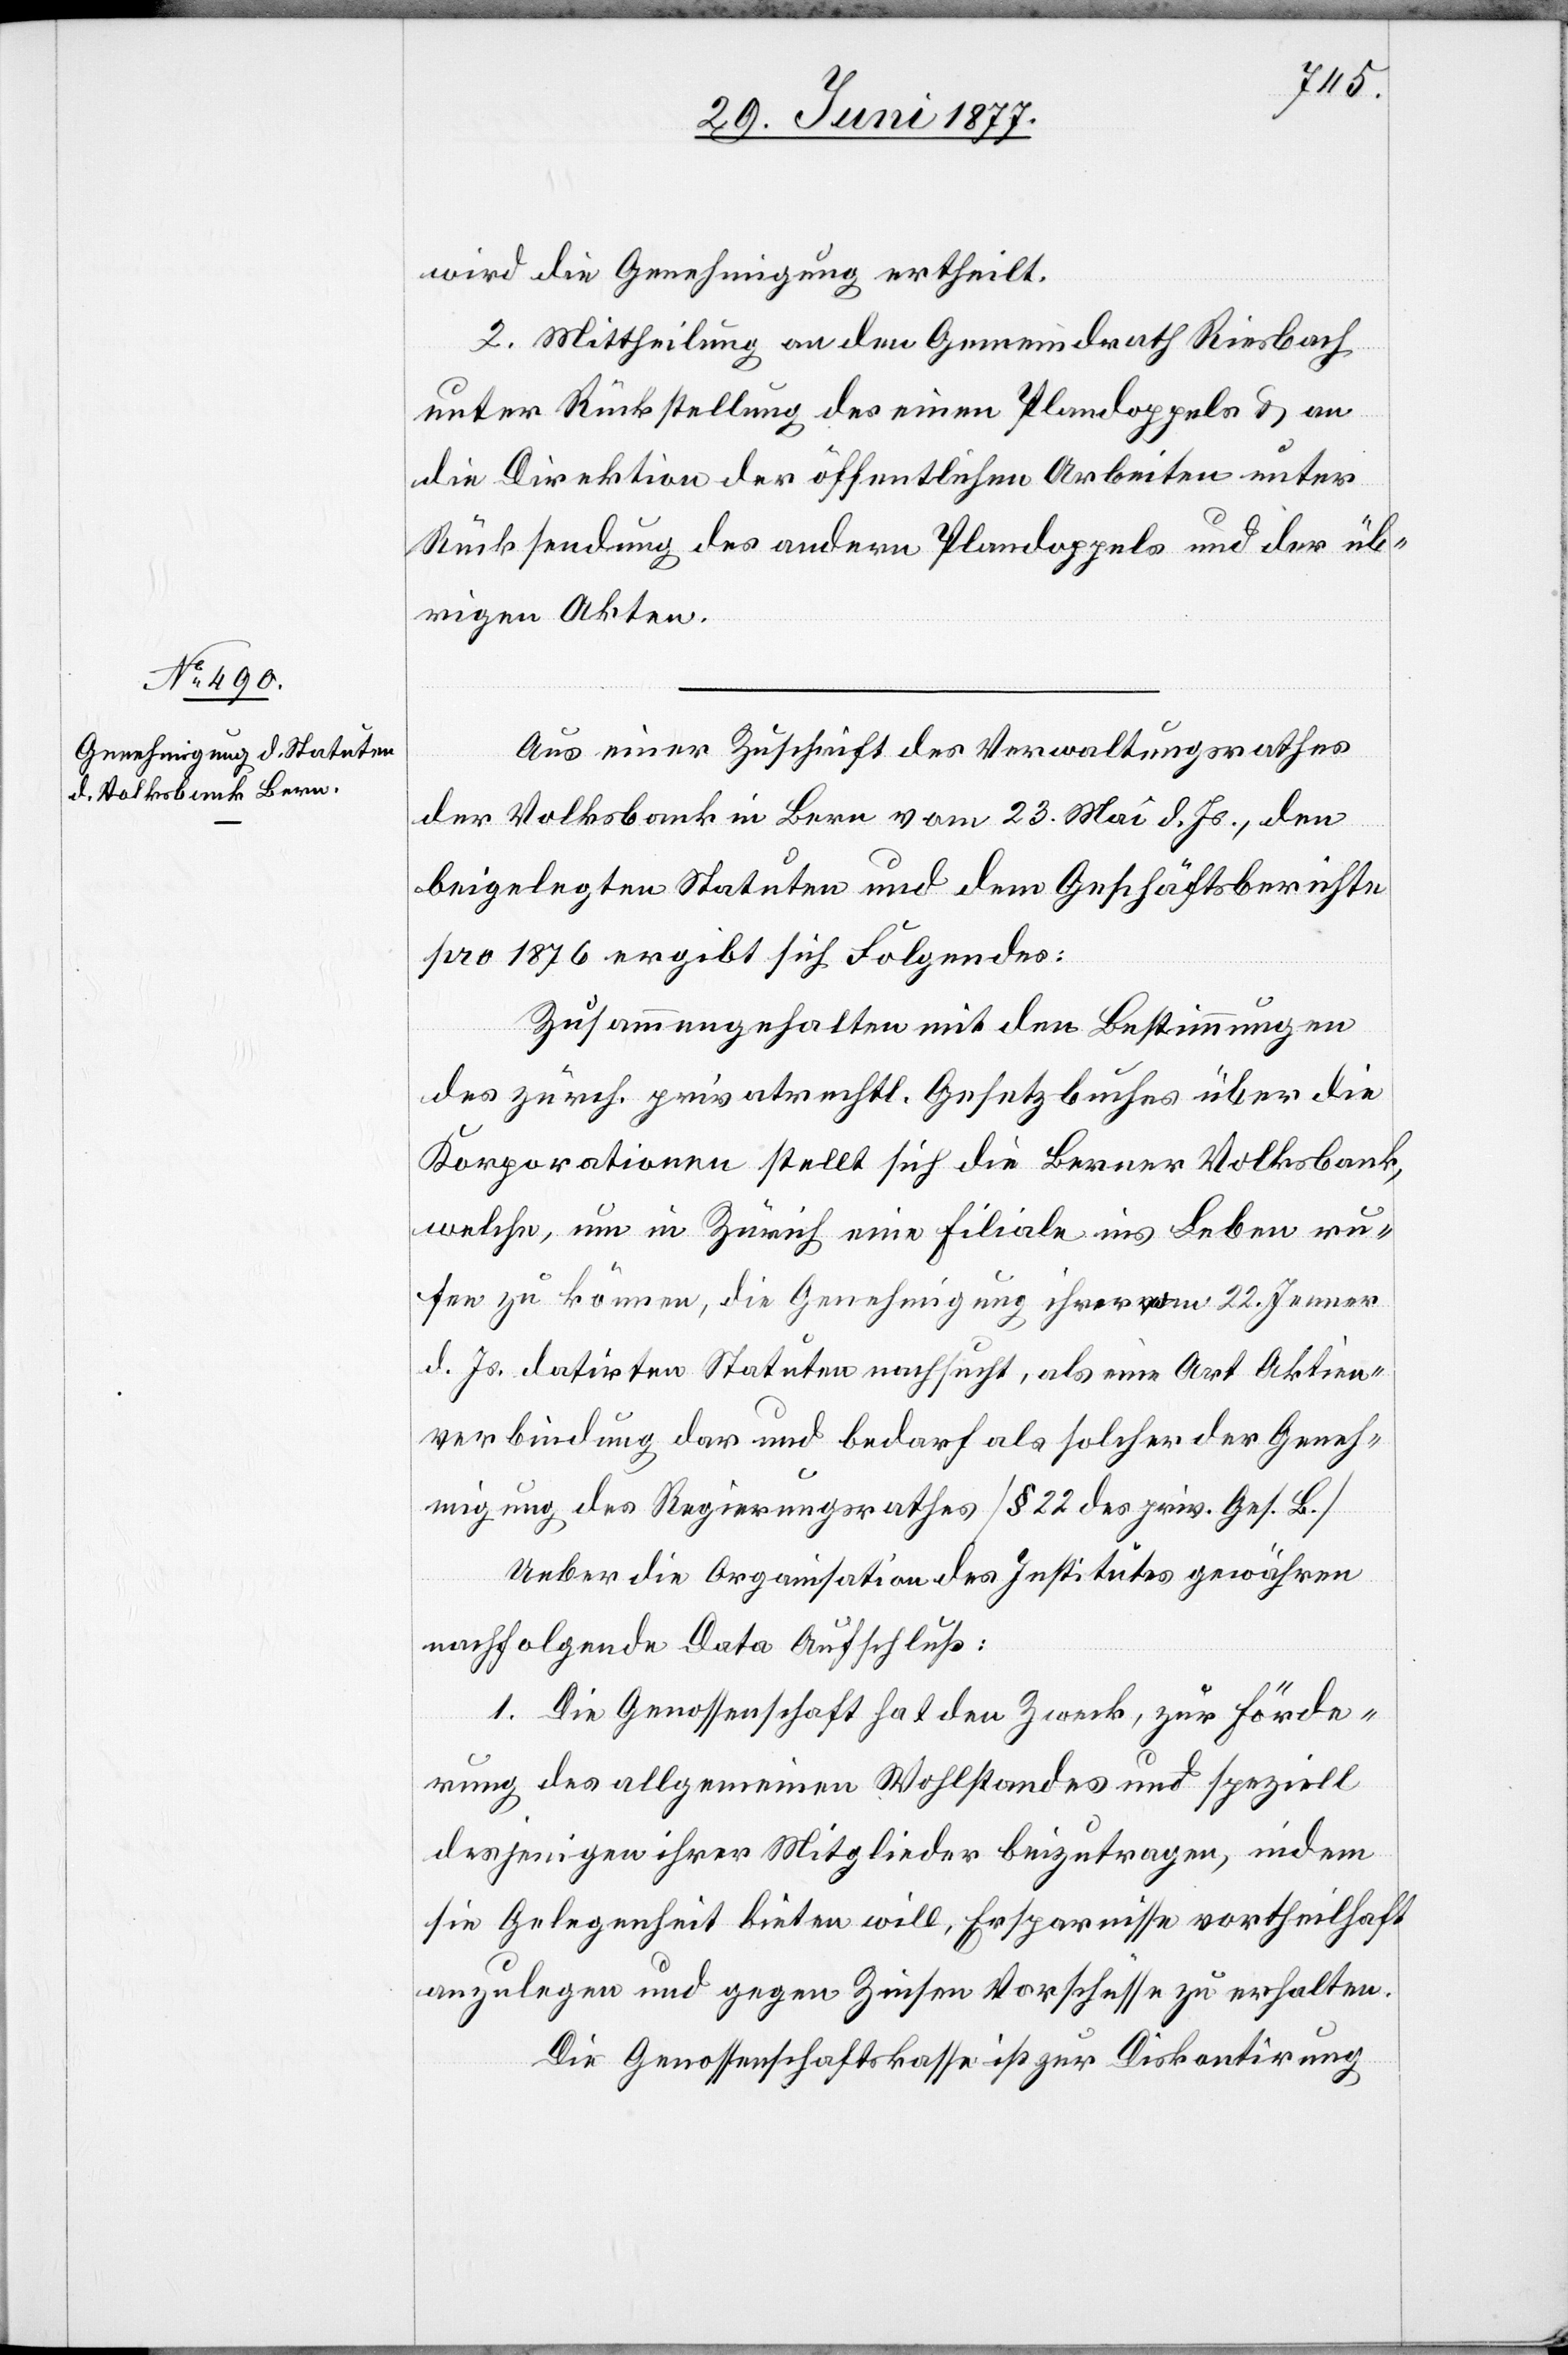
wird die Genehmigung ertheilt.
2. Mittheilung an den Gemeindrath Riesbach
unter Rückstellung des einen Plandoppels & an
die Direktion der öffentlichen Arbeiten unter
Rücksendung des andern Plandoppels und der üb¬
rigen Akten.
Aus einer Zuschrift des Verwaltungsrathes
der Volksbank in Bern vom 23. Mai d. Js., den
beigelegten Statuten und dem Geschäftsberichte
pro 1876 ergibt sich Folgendes:
Zusammengehalten mit den Bestimmungen
des zürch. privatrechtl. Gesetzbuches über die
Korporationen stellt sich die Berner Volksbank,
welche, um in Zürich eine Filiale ins Leben ru¬
fen zu können, die Genehmigung ihrer vom 22. Jenner
d. Js. datirten Statuten nachsucht, als eine Art Aktien¬
verbindung das und bedarf als solche der Geneh¬
migung des Regierungsrathes [§ 22 des priv. Ges. B.]
Ueber die Organisation des Institutes gewähren
nachfolgende Data Aufschluß:
1. Die Genossenschaft hat den Zweck, zur Förde¬
rung des allgemeinen Wohlstandes und speziell
desjenigen ihrer Mitglieder beizutragen, indem
sie Gelegenheit bieten will, Ersparnisse vortheilhaft
anzulegen und gegen Zinsen Vorschüsse zu erhalten.
Die Genossenschaftskasse ist zur Diskontirung